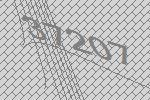
37207